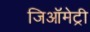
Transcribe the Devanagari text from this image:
जिऑमेट्री